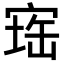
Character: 𪧕